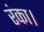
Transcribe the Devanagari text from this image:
रंका।